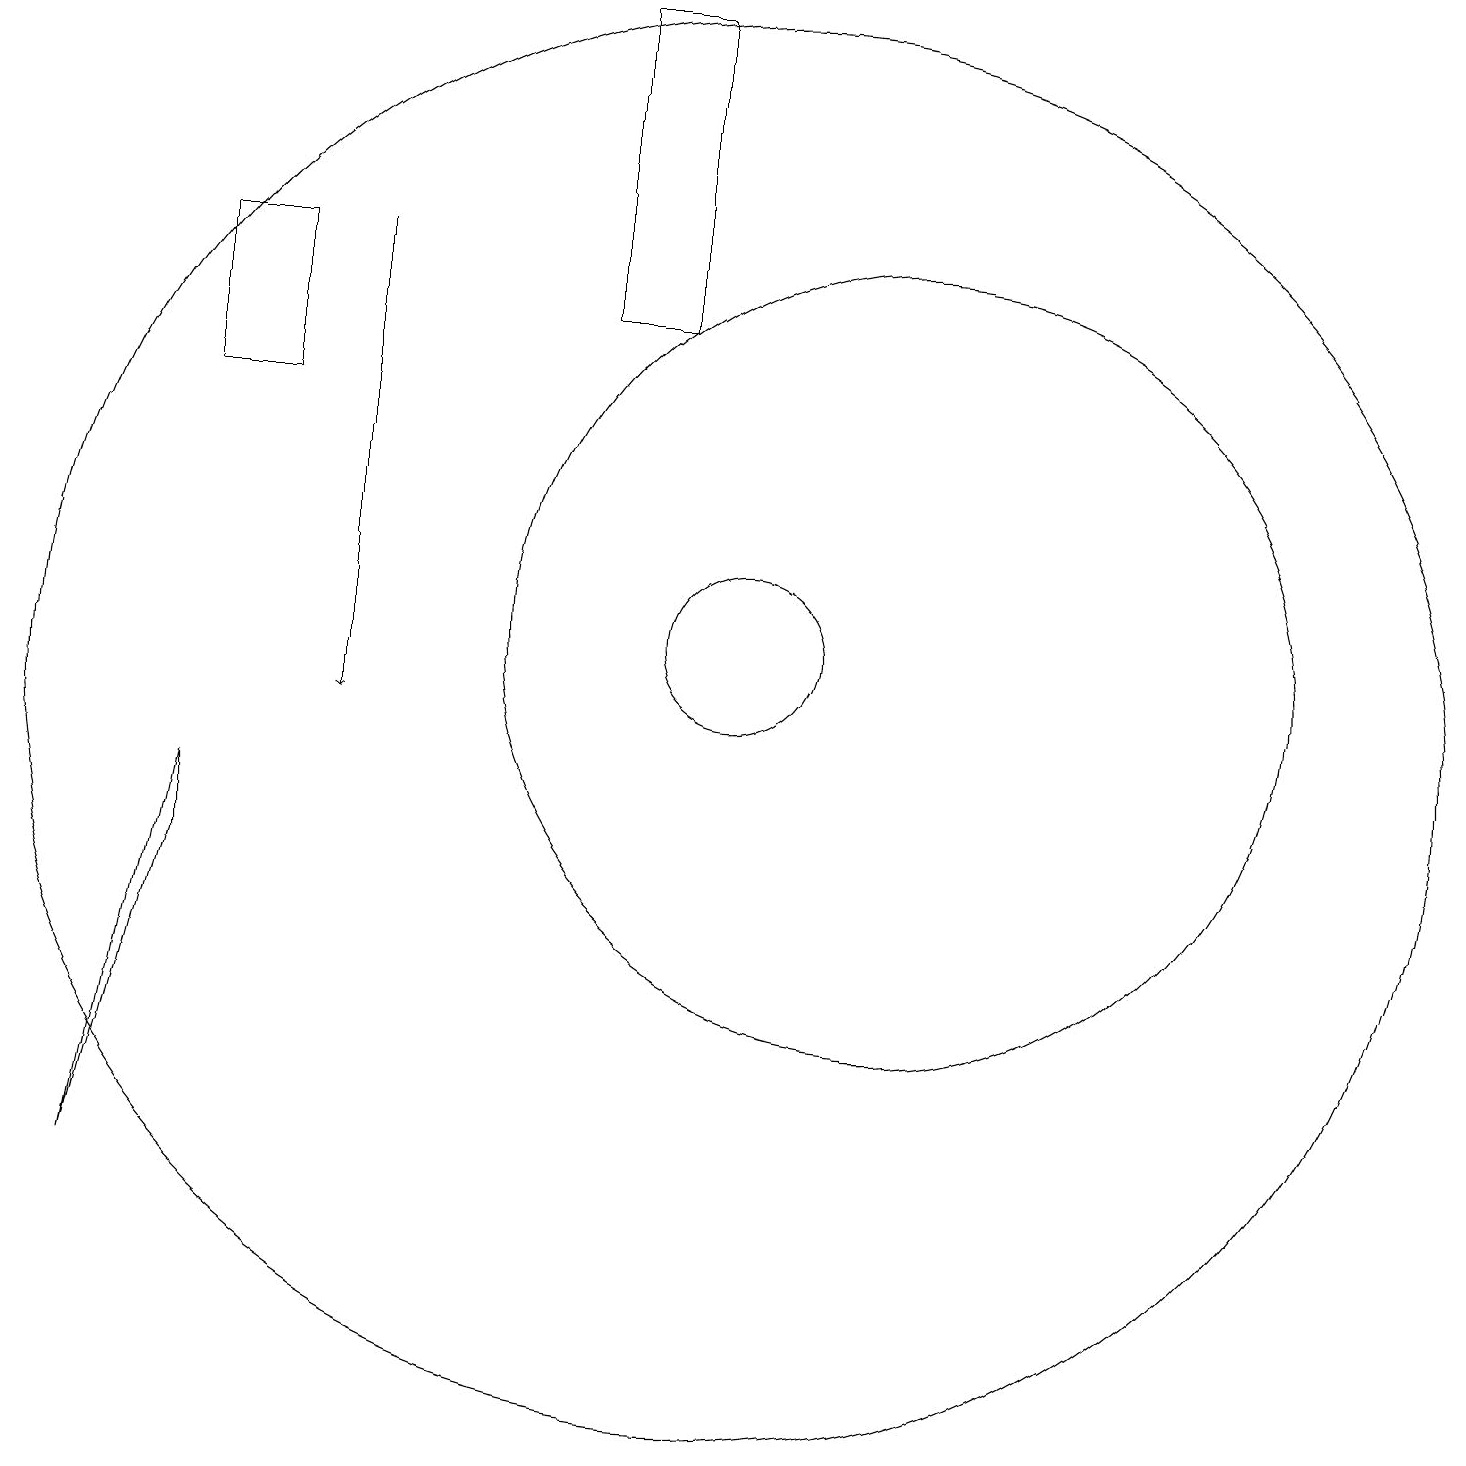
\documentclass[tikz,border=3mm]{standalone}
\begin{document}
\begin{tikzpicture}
\draw (2,4) -- (3,9) -- (3,8) -- cycle;
\draw (10,10) circle (9);
\draw (10,11) circle (1);
\draw (8,15) rectangle (9,19);
\draw (12,11) circle (5);
\draw (10,12) circle (0);
\draw[->] (5,16) -- (5,10);
\draw (3,14) rectangle (4,16);
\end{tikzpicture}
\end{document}